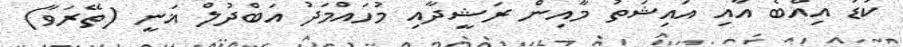
ކުޑަ އިއްބެ އާއި އައިޝަތު މާއިން ރަޝީދާއި މުހައްމަދު އަބްދުލް ޣަނީ (ތޭރަވާ)